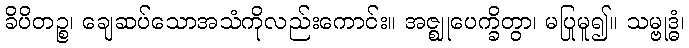
ခိပိတဉ္စ၊ ချေဆပ်သောအသံကိုလည်းကောင်း။ အဇ္ဈုပေက္ခိတွာ၊ မပြုမူ၍။ သမ္ဗုဒ္ဓံ၊